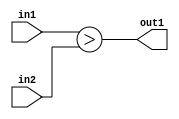
`timescale 1ps / 1ps
/*****************************************************************************
    Verilog RTL Description
    
    
    Created by: Stratus DpOpt 2019.1.01 
*******************************************************************************/

module st_feature_addr_gen_LessThan_16Ux8U_1U_4_2 (
	in2,
	in1,
	out1
	); /* architecture "behavioural" */ 
input [15:0] in2;
input [7:0] in1;
output  out1;
wire  asc001;

assign asc001 = (in1>in2);

assign out1 = asc001;
endmodule

/* CADENCE  urn5SAs= : u9/ySgnWtBlWxVPRXgAZ4Og= ** DO NOT EDIT THIS LINE ******/